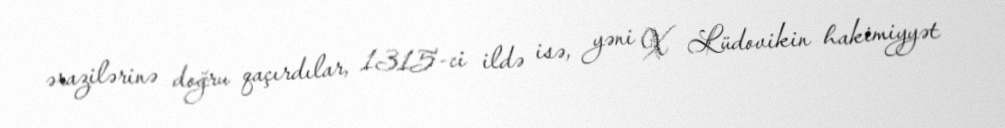
ərazilərinə doğru qaçırdılar, 1315-ci ildə isə, yəni X Lüdovikin hakimiyyət